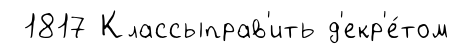
1817 Классыправ'ить д'екр'е́том